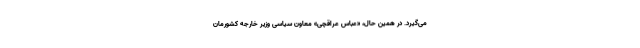
می‌گیرد. در همین حال، «عباس عراقچی» معاون سیاسی وزیر خارجه کشورمان